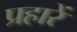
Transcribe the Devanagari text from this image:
प्रहारें